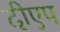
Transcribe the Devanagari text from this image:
दीएप